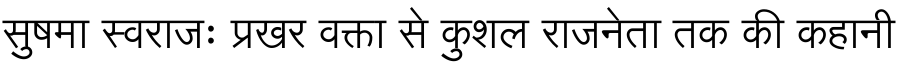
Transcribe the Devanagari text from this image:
सुषमा स्वराजः प्रखर वक्ता से कुशल राजनेता तक की कहानी